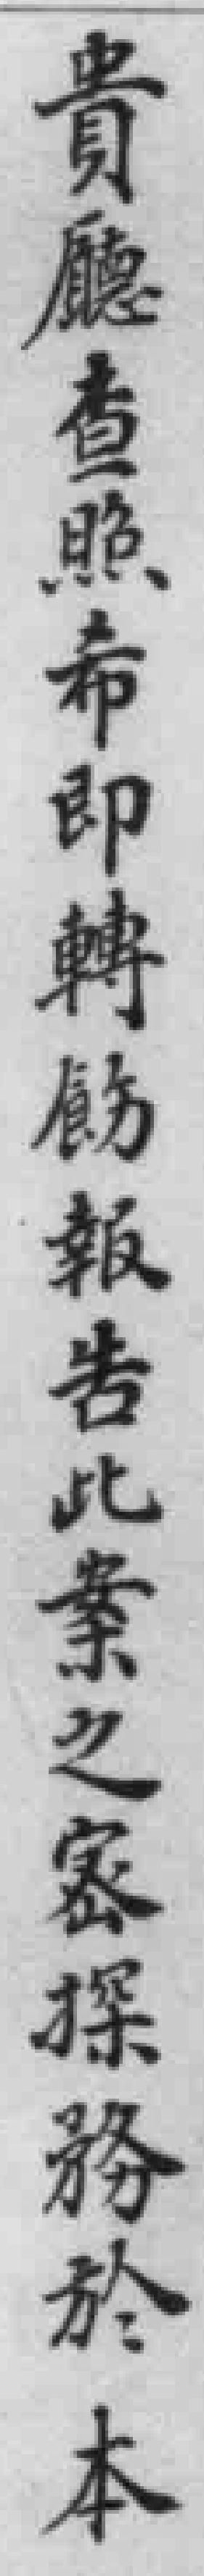
貴廳查照希即轉飭報告此案之密探務於本